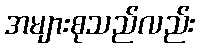
အများစုသည်လည်း